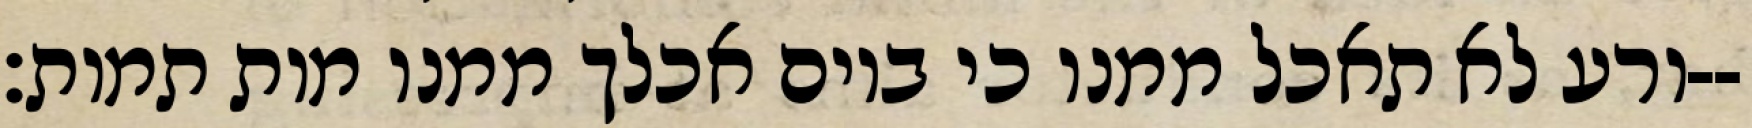
ורע לא תאכל ממנו כי ביום אכלך ממנו מות תמות׃--